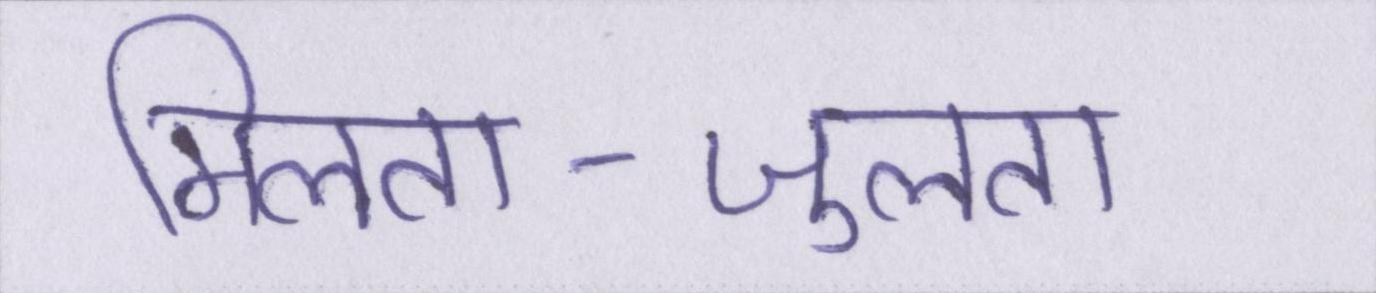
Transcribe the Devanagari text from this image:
मिलता-जुलता